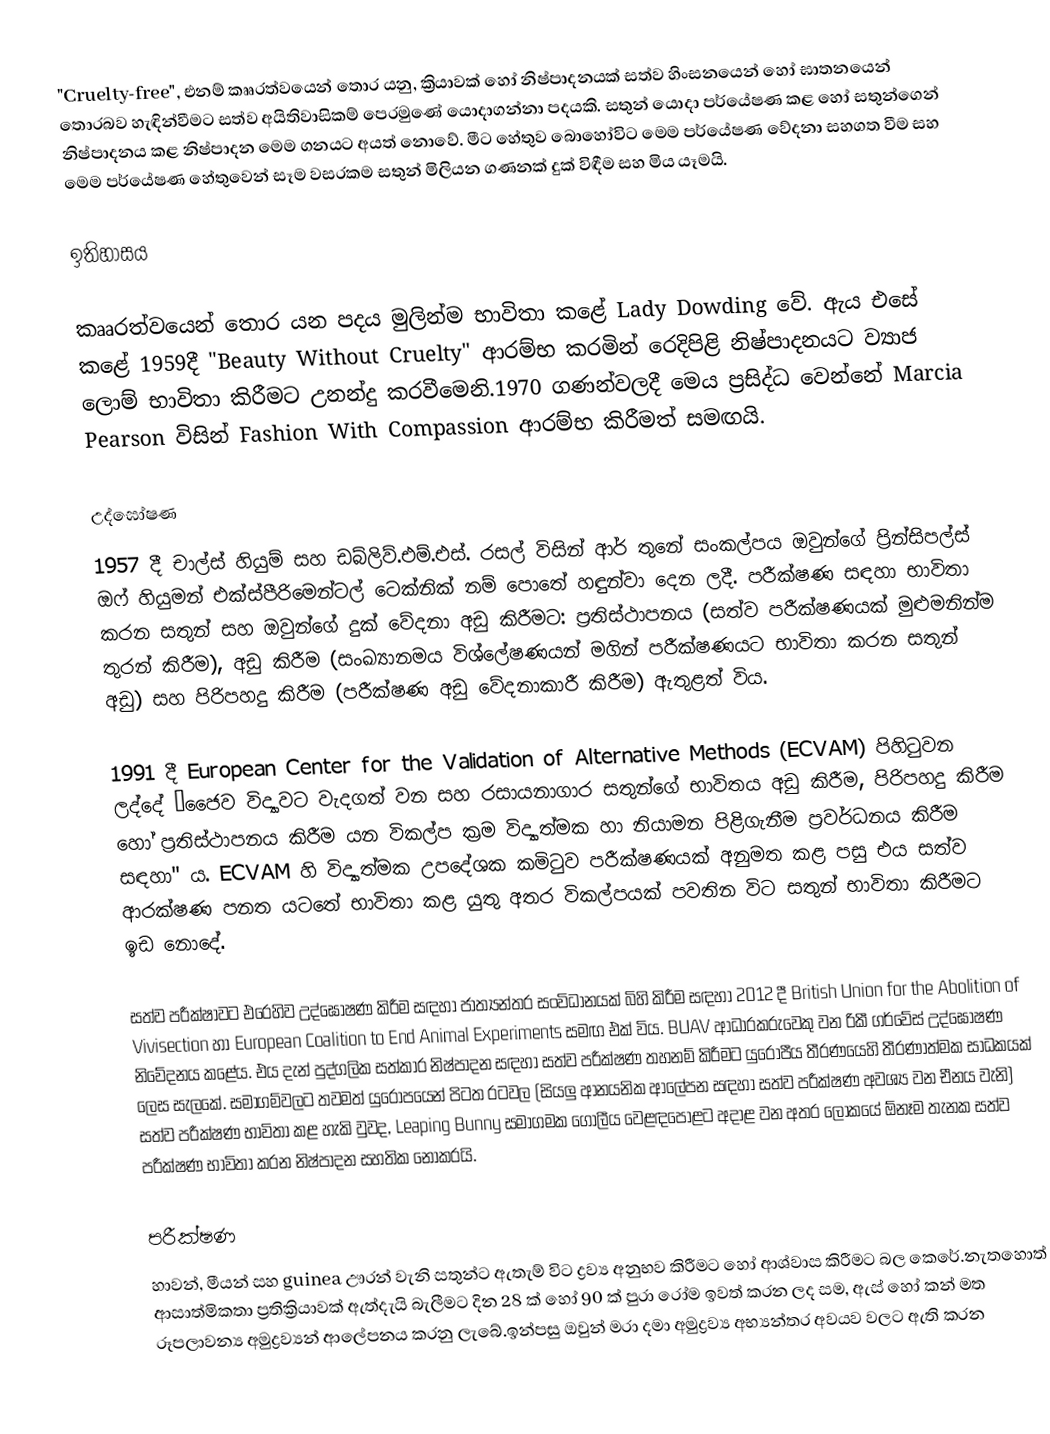
"Cruelty-free", එනම් කෲරත්වයෙන් තොර යනු, ක්‍රියාවක් හෝ නිෂ්පාදනයක් සත්ව හිංසනයෙන් හෝ ඝාතනයෙන් තොරබව හැඳින්වීමට සත්ව අයිතිවාසිකම් පෙරමුණේ යොදාගන්නා පදයකි. සතුන් යොදා පර්යේෂණ කළ හෝ සතුන්ගෙන් නිෂ්පාදනය කළ නිෂ්පාදන මෙම ගනයට අයත් නොවේ. මීට හේතුව බොහෝවිට මෙම පර්යේෂණ වේදනා සහගත වීම සහ මෙම පර්යේෂණ හේතුවෙන් සෑම වසරකම සතුන් මිලියන ගණනක් දුක් විඳීම සහ මිය යෑමයි.

ඉතිහාසය

කෲරත්වයෙන් තොර යන පදය මුලින්ම භාවිතා කළේ Lady Dowding වේ. ඇය එසේ කළේ 1959දී "Beauty Without Cruelty" ආරම්භ කරමින් රෙදිපිළි නිෂ්පාදනයට ව්‍යාජ ලොම් භාවිතා කිරීමට උනන්දු කරවීමෙනි.1970 ගණන්වලදී මෙය ප්‍රසිද්ධ වෙන්නේ Marcia Pearson විසින් Fashion With Compassion ආරම්භ කිරීමත් සමඟයි.

උද්ඝෝෂණ
1957 දී චාල්ස් හියුම් සහ ඩබ්ලිව්.එම්.එස්. රසල් විසින් ආර් තුනේ සංකල්පය ඔවුන්ගේ ප්‍රින්සිපල්ස් ඔෆ් හියුමන් එක්ස්පීරිමෙන්ටල් ටෙක්නික් නම් පොතේ හඳුන්වා දෙන ලදී. පරීක්ෂණ සඳහා භාවිතා කරන සතුන් සහ ඔවුන්ගේ දුක් වේදනා අඩු කිරීමට: ප්‍රතිස්ථාපනය (සත්ව පරීක්ෂණයක් මුළුමනින්ම තුරන් කිරීම), අඩු කිරීම (සංඛ්‍යානමය විශ්ලේෂණයන් මගින් පරීක්ෂණයට භාවිතා කරන සතුන් අඩු) සහ පිරිපහදු කිරීම (පරීක්ෂණ අඩු වේදනාකාරී කිරීම) ඇතුළත් විය.

1991 දී European Center for the Validation of Alternative Methods (ECVAM) පිහිටුවන ලද්දේ “ජෛව විද්‍යාවට වැදගත් වන සහ රසායනාගාර සතුන්ගේ භාවිතය අඩු කිරීම, පිරිපහදු කිරීම හෝ ප්‍රතිස්ථාපනය කිරීම යන විකල්ප ක්‍රම විද්‍යාත්මක හා නියාමන පිළිගැනීම ප්‍රවර්ධනය කිරීම සඳහා" ය. ECVAM හි විද්‍යාත්මක උපදේශක කමිටුව පරීක්ෂණයක් අනුමත කළ පසු එය සත්ව ආරක්ෂණ පනත යටතේ භාවිතා කළ යුතු අතර විකල්පයක් පවතින විට සතුන් භාවිතා කිරීමට ඉඩ නොදේ.

සත්ව පරීක්ෂාවට එරෙහිව උද්ඝෝෂණ කිරීම සඳහා ජාත්‍යන්තර සංවිධානයක් බිහි කිරීම සඳහා 2012 දී British Union for the Abolition of Vivisection හා European Coalition to End Animal Experiments සමඟ එක් විය. BUAV ආධාරකරුවෙකු වන රිකී ගර්වේස් උද්ඝෝෂණ නිවේදනය කළේය. එය දැන් පුද්ගලික සත්කාර නිෂ්පාදන සඳහා සත්ව පරීක්ෂණ තහනම් කිරීමට යුරෝපීය තීරණයෙහි තීරණාත්මක සාධකයක් ලෙස සැලකේ. සමාගම්වලට තවමත් යුරෝපයෙන් පිටත රටවල (සියලු ආනයනික ආලේපන සඳහා සත්ව පරීක්ෂණ අවශ්‍ය වන චීනය වැනි) සත්ව පරීක්ෂණ භාවිතා කළ හැකි වුවද, Leaping Bunny සමාගමක ගෝලීය වෙළඳපොළට අදාළ වන අතර ලෝකයේ ඕනෑම තැනක සත්ව පරීක්ෂණ භාවිතා කරන නිෂ්පාදන සහතික නොකරයි.

පරීක්ෂණ
හාවන්, මීයන් සහ guinea ඌරන් වැනි සතුන්ට ඇතැම් විට ද්‍රව්‍ය අනුභව කිරීමට හෝ ආශ්වාස කිරීමට බල කෙරේ.නැතහොත් ආසාත්මිකතා ප්‍රතික්‍රියාවක් ඇත්දැයි බැලීමට දින 28 ක් හෝ 90 ක් පුරා රෝම ඉවත් කරන ලද සම, ඇස් හෝ කන් මත රූපලාවන්‍ය අමුද්‍රව්‍යන් ආලේපනය කරනු ලැබේ.ඉන්පසු ඔවුන් මරා දමා අමුද්‍රව්‍ය අභ්‍යන්තර අවයව වලට ඇති කරන